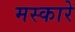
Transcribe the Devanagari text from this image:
मस्कारे